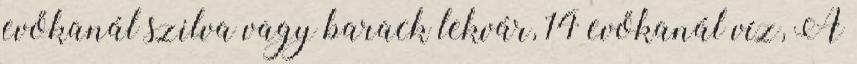
evőkanál szilva vagy barack lekvár, 14 evőkanál víz, A